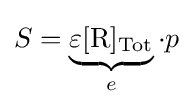
S=\underbrace {\varepsilon [{\ce {R}}]_{\mathrm {Tot} }} _{e}\cdot p